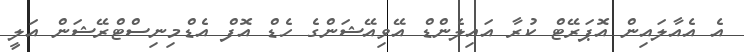
އެ އެއާލައިން އޮޕަރޭޓް ކުރާ އައިލެންޑް އޭވިއޭޝަންގެ ހެޑް އޮފް އެޑްމިނިސްޓްރޭޝަން އަލީ